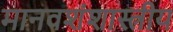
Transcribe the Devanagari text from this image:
मानवशंशास्त्रीय